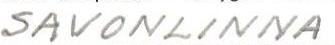
SAVONLINNA